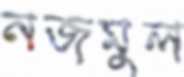
নজমুল